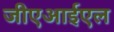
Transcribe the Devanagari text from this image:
जीएआईएल